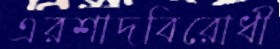
এরশাদবিরোধী